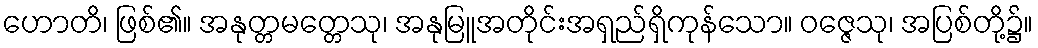
ဟောတိ၊ ဖြစ်၏။ အနုတ္တမတ္တေသု၊ အနုမြူအတိုင်းအရှည်ရှိကုန်သော။ ဝဇ္ဇေသု၊ အပြစ်တို့၌။